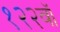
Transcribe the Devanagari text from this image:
१२२वॉ